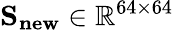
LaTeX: \mathbf{S_{new}}\in\mathbb{R}^{64\times 64}